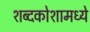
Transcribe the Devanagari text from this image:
शब्दकोशामध्ये